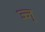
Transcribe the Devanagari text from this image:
ज्ज्